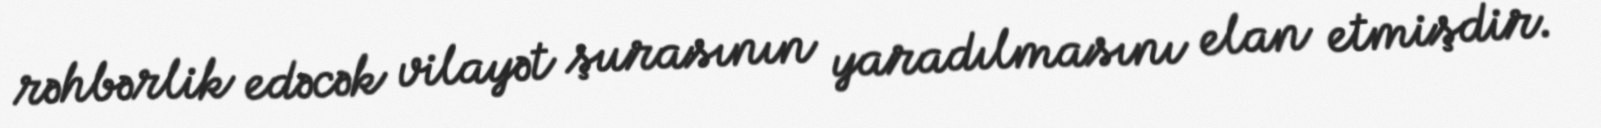
rəhbərlik edəcək vilayət şurasının yaradılmasını elan etmişdir.